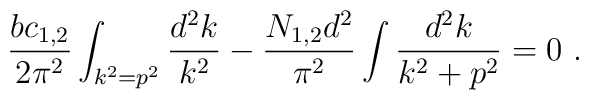
{bc_{1,2}\over 2\pi^2}\int_{k^2=p^2} {d^2 k\over k^2}-{N_{1,2}d^2\over\pi^2} \int {d^2 k\over{k^2+p^2}}=0~.